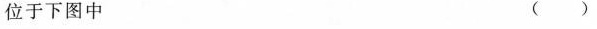
位于下图中 ()